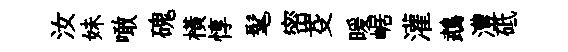
汝妹噉磈横惇髦密芟暖崌灌鵡澧砥